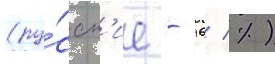
(ру́сск'ие - 96 %)